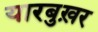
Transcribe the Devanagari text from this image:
यारबुख़र